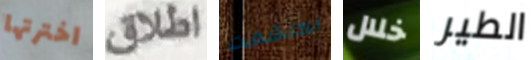
اخترتها اطلاق اكتشفت خلال الطير